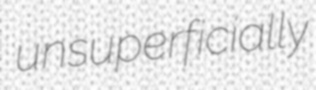
unsuperficially